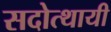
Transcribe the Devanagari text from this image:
सदोत्थायी